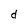
Character: d